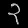
Digit: ၃